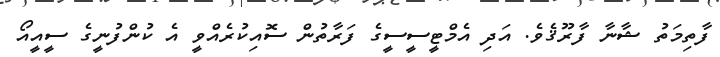
ފާތިމަތު ޝާނާ ފާރޫޤެވެ. އަދި އެމްޓީސީސީގެ ފަރާތުން ސޮއިކުރެއްވީ އެ ކުންފުނީގެ ސީއީއޯ